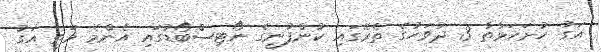
އަގު ހުށަހަޅާތާ 3 ދުވަހުގެ ތެރޭގައި ކުންފުނީގެ ނޯޓިސްބޯޑުގައި އެންމެ މަތީ އަގު